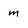
Character: m